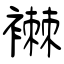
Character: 襋